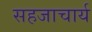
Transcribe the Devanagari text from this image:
सहजाचार्य